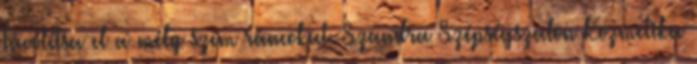
Távolítsa el a mély szem ráncokat. Szandra Szépségszalon Kozmetika